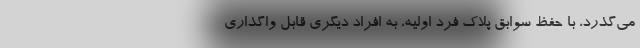
می‌گذرد، با حفظ سوابق پلاک فرد اولیه، به افراد دیگری قابل واگذاری